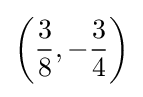
\left({\frac {3}{8}},-{\frac {3}{4}}\right)